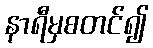
နာရီမှစတင်၍